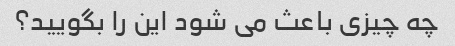
چه چیزی باعث می شود این را بگویید؟